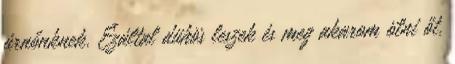
úrnőnknek. Ezáltal dühös leszek és meg akarom ölni őt,